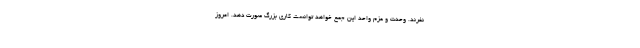
نفرند. وحدت و عزم واحد این جمع خواهد توانست کاری بزرگ صورت دهد. امروز